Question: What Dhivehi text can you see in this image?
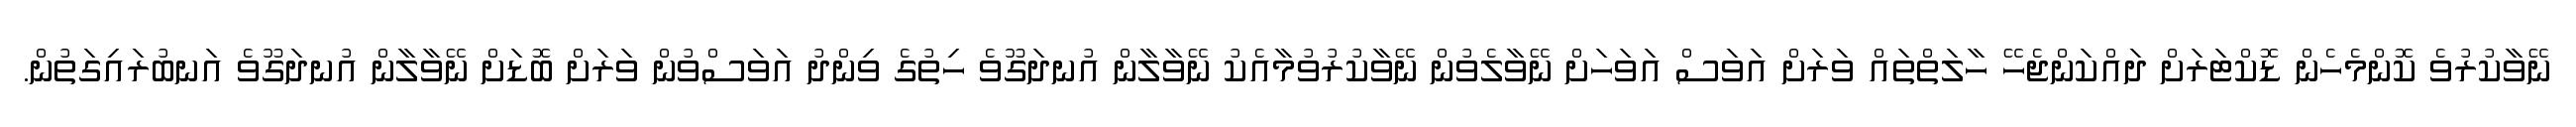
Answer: ނޭވާކުރުވެ ކޮންމެހެން ޑޮކްޓަރަށް ދައްކަންޖެހޭ ހާލަތްތައް ވަރަށް އަވަސް އަވަހަށް ނޭވާލެވުން ނޭވާކުރުވުމާއެކު ނޭވާލާން އުނދަގޫވެ ހިތުގެ ވިންދު އަވަސްވުން ވަރަށް ބޮޑަށް ނޭވާލާން އުނދަގޫވެ އަނބުރައިގަތުން.